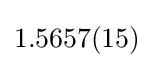
1.5657(15)